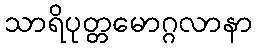
သာရိပုတ္တမောဂ္ဂလာနာ